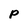
Character: p